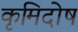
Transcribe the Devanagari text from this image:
कृमिदोष